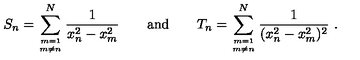
S _ { n } = \sum _ { m = 1 \atop m \ne n } ^ { N } \frac { 1 } { x _ { n } ^ { 2 } - x _ { m } ^ { 2 } } \qquad \mathrm { a n d } \qquad T _ { n } = \sum _ { m = 1 \atop m \ne n } ^ { N } \frac { 1 } { ( x _ { n } ^ { 2 } - x _ { m } ^ { 2 } ) ^ { 2 } } \ .